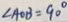
\angle A O B = 9 0 ^ { \circ }